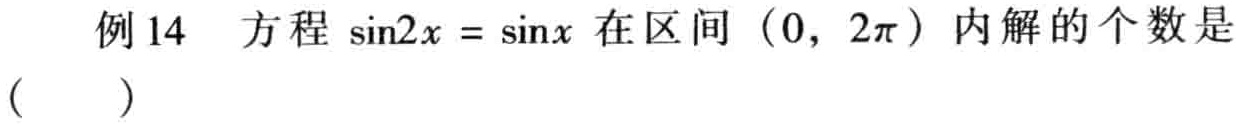
例14 方程\(\sin2x = \sin x\)在区间\((0, 2\pi)\)内解的个数是（  ）